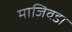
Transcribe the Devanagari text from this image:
माजिवडा